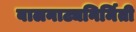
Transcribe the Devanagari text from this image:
बालनाट्यनिर्मिती